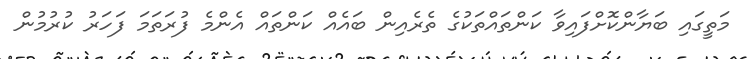
މަތީގައި ބަޔާންކޮށްފައިވާ ކަންތައްތަކުގެ ތެރެއިން ބައެއް ކަންތައް އެންމެ ފުރަތަމަ ފަހަރު ކުރުމުން